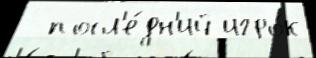
  посл'е́дн'ий игро́к